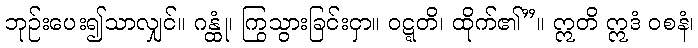
ဘုဉ်းပေး၍သာလျှင်။ ဂန္ထုံ၊ ကြွသွားခြင်းငှာ။ ဝဋ္ဋတိ၊ ထိုက်၏”။ ဣတိ ဣဒံ ဝစနံ၊